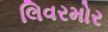
લિવરમોર